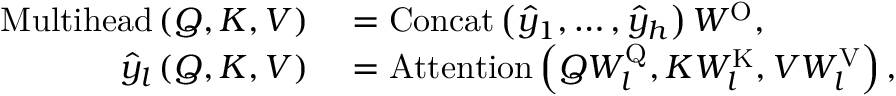
\begin{array} { r l } { \mathrm { M u l t i h e a d } \left( Q , K , V \right) } & { { } = \mathrm { C o n c a t } \left( \hat { y } _ { 1 } , \dots , \hat { y } _ { h } \right) W ^ { \mathrm { O } } , } \\ { \hat { y } _ { l } \left( Q , K , V \right) } & { { } = \mathrm { A t t e n t i o n } \left( Q W _ { l } ^ { \mathrm { Q } } , K W _ { l } ^ { \mathrm { K } } , V W _ { l } ^ { \mathrm { V } } \right) , } \end{array}